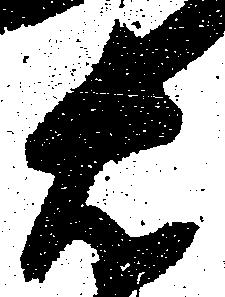
右